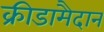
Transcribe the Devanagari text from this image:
क्रीडामैदान